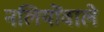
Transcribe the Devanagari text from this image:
नलियोंवाले